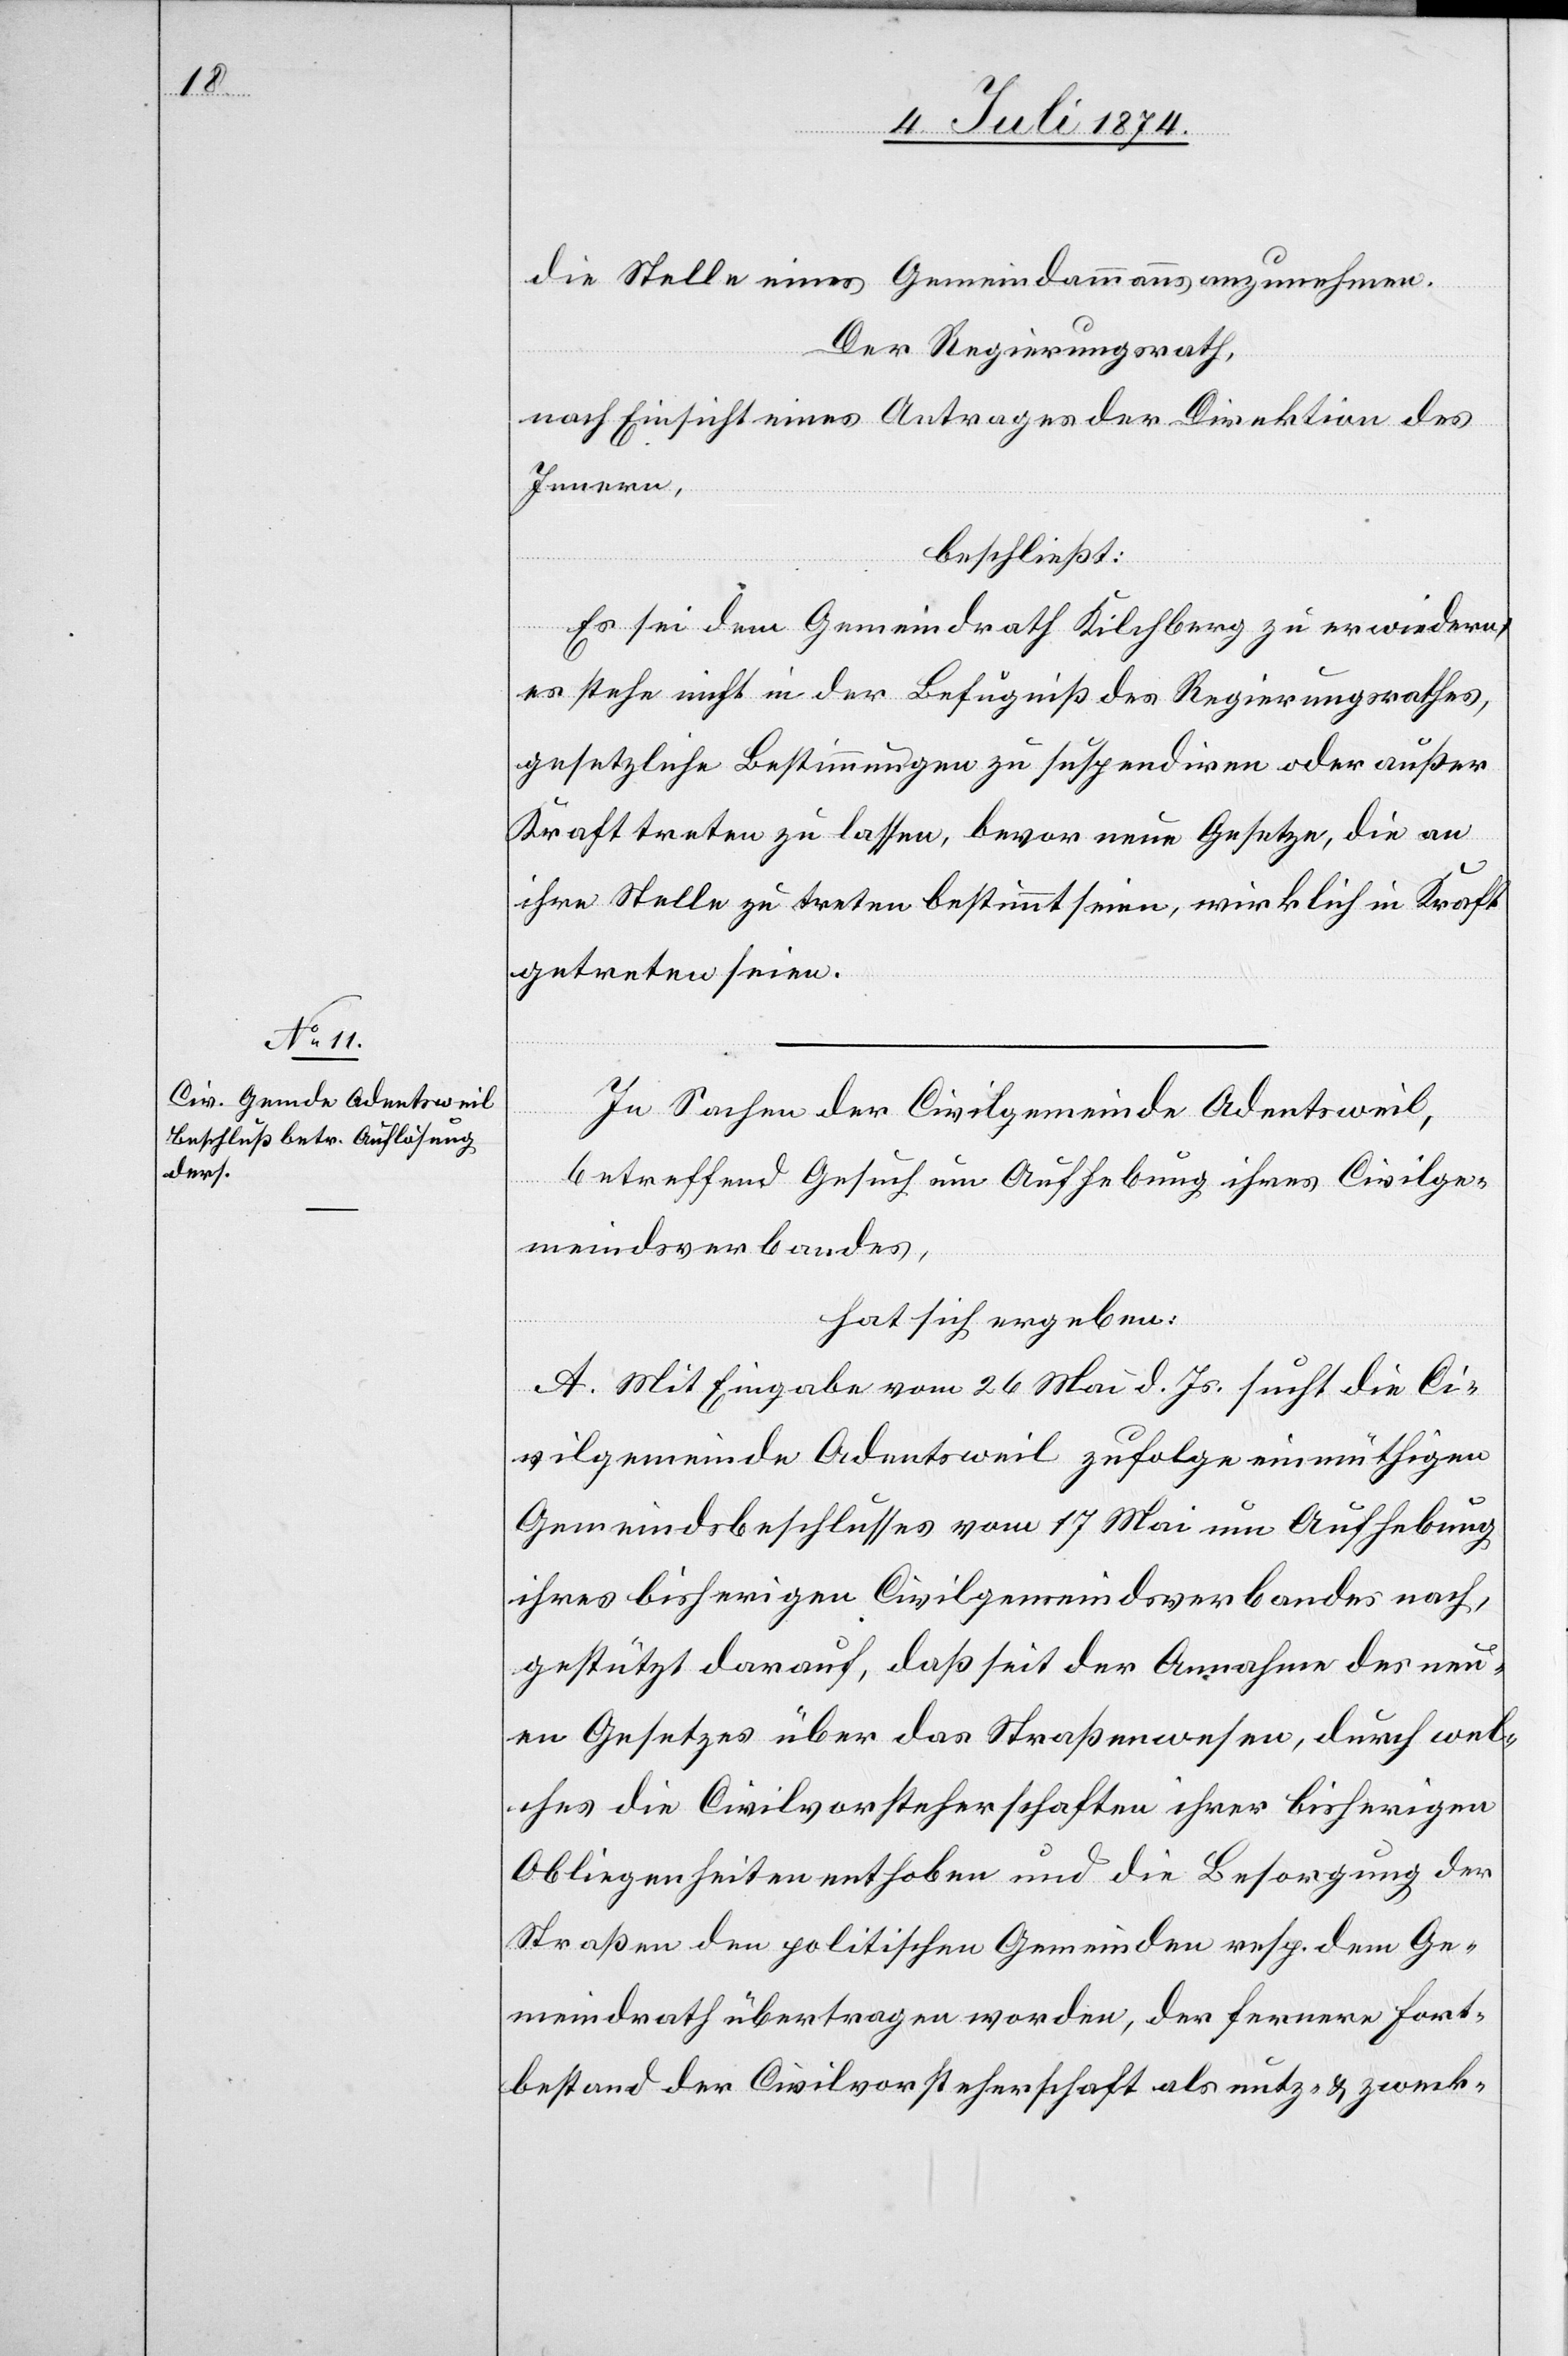
die Stelle eines Gemeindammanns anzunehmen.
Der Regierungsrath,
nach Einsicht eines Antrages der Direktion des
Innern,
beschließt:
Es sei dem Gemeindrath Kilchberg zu erwiedern,
es stehe nicht in der Befugniß des Regierungsrathes,
gesetzliche Bestimmungen zu suspendiren oder außer
Kraft treten zu lassen, bevor neue Gesetze, die an
ihre Stelle zu treten bestimmt seien, wirklich in Kraft
getreten seien.
In Sachen der Civilgemeinde Adentsweil,
betreffend Gesuch um Aufhebung ihres Civilge¬
meindsverbandes,
hat sich ergeben:
A. Mit Eingabe vom 26. Mai d. Js. sucht die Ci¬
vilgemeinde Adentsweil zufolge einmüthigen
Gemeindsbeschlusses vom 17. Mai um Aufhebung
ihres bisherigen Cvilgemeindsverbandes nach,
gestützt darauf, daß seit der Annahme des neu¬
en Gesetzes über das Straßenwesen, durch wel¬
ches die Civilvorsteherschaften ihrer bisherigen
Obliegenheiten enthoben und die Besorgung der
Straßen den politischen Gemeinden resp. dem Ge¬
meindrath übertagen worden, der fernere Fort¬
bestand der Civilvorsteherschaft als nutz- u. zweck-